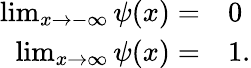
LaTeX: \begin{array}{rl}{\operatorname*{lim}_{x\to-\infty}\psi(x)=}&{{}0}\\ {\operatorname*{lim}_{x\to\infty}\psi(x)=}&{{}1.}\end{array}